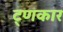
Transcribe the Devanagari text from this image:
ट्णकार